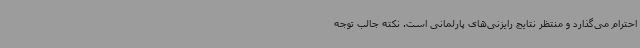
احترام می‌گذارد و منتظر نتایج رایزنی‌های پارلمانی است. نکته جالب توجه